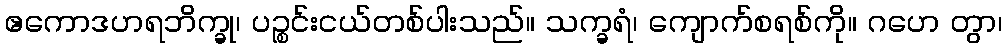
ဧကောဒဟရဘိက္ခု၊ ပဉ္စင်းငယ်တစ်ပါးသည်။ သက္ခရံ၊ ကျောက်စရစ်ကို။ ဂဟေ တွာ၊